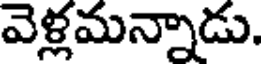
వెళ్లమన్నాడు.